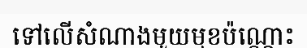
ទៅលើសំណាងមួយមុខប៉ណ្ណោះ